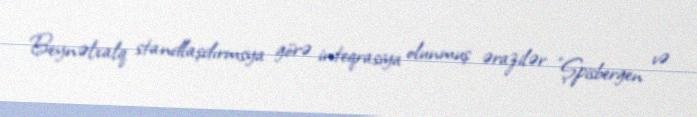
Beynəlxalq standlaşdırmsya görə inteqrasiya olunmuş ərazilər "Şpisbergen və